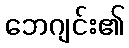
ဘေဂျင်း၏